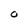
Character: O